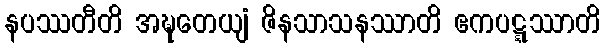
နပဿတီတိ အဍ္ဎတေယျံ ဇိနသာသနဿာတိ ဧကပဋ္ဋဿာတိ